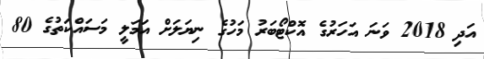
އަދި 2018 ވަނަ އަހަރުގެ އޮކްޓޯބަރު މަހުގެ ނިޔަލަށް އަމަލީ މަސައްކަތުގެ 80